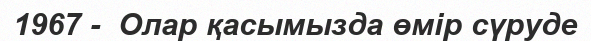
1967 -  Олар қасымызда өмір сүруде